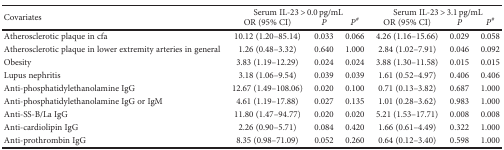
| <ROWSPAN=2> Covariates | <COLSPAN=3> Serum IL-23 > 0.0 pg/mL | <COLSPAN=3> Serum IL-23 > 3.1 pg/mL |
 | OR (95% CI) | P | P# | OR (95% CI) | P | P# |
 | --- | --- | --- | --- | --- | --- | --- |
 | Atherosclerotic plaque in cfa | 10.12 (1.20–85.14) | 0.033 | 0.066 | 4.26 (1.16–15.66) | 0.029 | 0.058 |
 | Atherosclerotic plaque in lower extremity arteries in general | 1.26 (0.48–3.32) | 0.640 | 1.000 | 2.84 (1.02–7.91) | 0.046 | 0.092 |
 | Obesity | 3.83 (1.19–12.29) | 0.024 | 0.024 | 3.88 (1.30–11.58) | 0.015 | 0.015 |
 | Lupus nephritis | 3.18 (1.06–9.54) | 0.039 | 0.039 | 1.61 (0.52–4.97) | 0.406 | 0.406 |
 | Anti-phosphatidylethanolamine IgG | 12.67 (1.49–108.06) | 0.020 | 0.100 | 0.71 (0.13–3.82) | 0.687 | 1.000 |
 | Anti-phosphatidylethanolamine IgG or IgM | 4.61 (1.19–17.88) | 0.027 | 0.135 | 1.01 (0.28–3.62) | 0.983 | 1.000 |
 | Anti-SS-B/La IgG | 11.80 (1.47–94.77) | 0.020 | 0.020 | 5.21 (1.53–17.71) | 0.008 | 0.008 |
 | Anti-cardiolipin IgG | 2.26 (0.90–5.71) | 0.084 | 0.420 | 1.66 (0.61–4.49) | 0.322 | 1.000 |
 | Anti-prothrombin IgG | 8.35 (0.98–71.09) | 0.052 | 0.260 | 0.64 (0.12–3.40) | 0.598 | 1.000 |